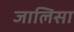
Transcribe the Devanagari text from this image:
जालिसा